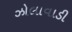
ઝોલાવાડી